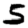
Digit: 5